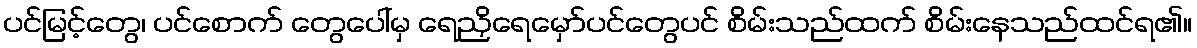
ပင်မြင့်တွေ၊ ပင်စောက် တွေပေါ်မှ ရေညှိရေမှော်ပင်တွေပင် စိမ်းသည်ထက် စိမ်းနေသည်ထင်ရ၏။